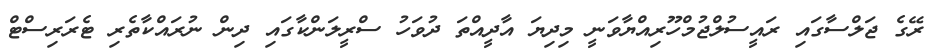
ރޭގެ ޖަލްސާގައި ރައީސުލްޖުމްހޫރިއްޔާވަނީ މިދިޔަ އާދީއްތަ ދުވަހު ސްރީލަންކާގައި ދިން ނުރައްކާތެރި ޓެރަރިސްޓް